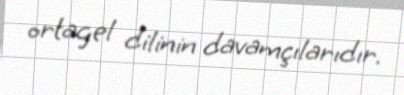
ortagel dilinin davamçılarıdır.